Senior Leaving Certificate Examination (including Day School Certificate (Higher) General paper), 1950
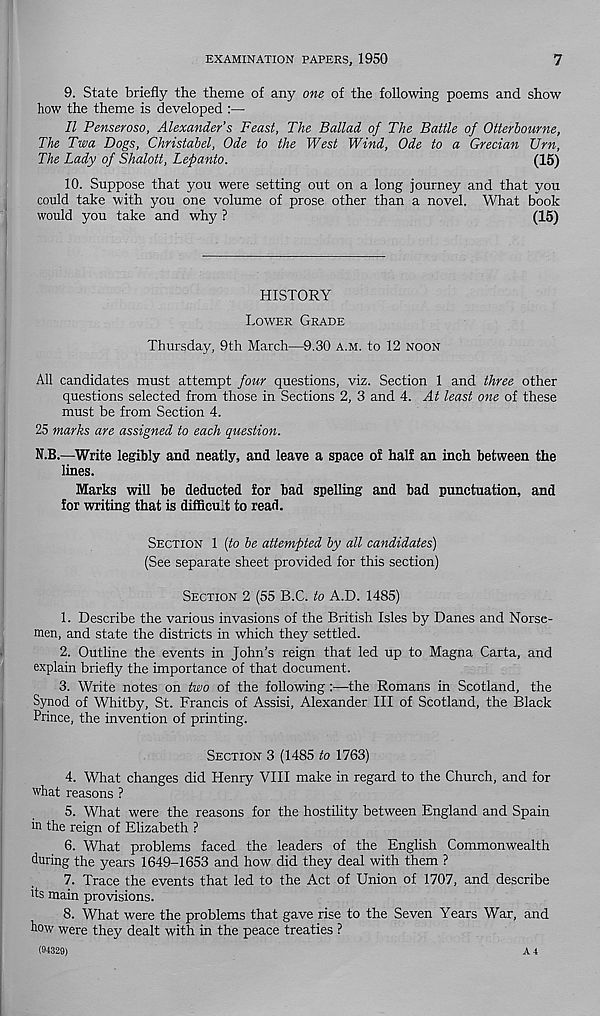
EXAMINATION PAPERS, 1950
7
9. State briefly the theme of any one of the following poems and show
how the theme is developed
II Penseroso, Alexander’s Feast, The Ballad of The Battle of Otterbourne,
The Twa Dogs, Christabel, Ode to the West Wind, Ode to a Grecian Urn,
The Lady of Shalott, Lepanto.
(15)
10. Suppose that you were setting out on a long journey and that you
could take with you one volume of prose other than a novel. What book
would you take and why ?
(15)
HISTORY
LOWER GRADE
Thursday, 9th March—9.30 A.M. to 12 NOON
All candidates must attempt four questions, viz. Section 1 and three other
questions selected from those in Sections 2, 3 and 4. At least one of these
must be from Section 4.
25 marks are assigned to each question.
N.B.—Write legibly and neatly, and leave a space of half an inch between the
lines.
Marks will be deducted for bad spelling and bad punctuation, and
for writing that is difficult to read.
SECTION 1 {to be attempted by all candidates)
(See separate sheet provided for this section)
SECTION 2 (55 B.C. to A.D. 1485)
1. Describe the various invasions of the British Isles by Danes and Norse-
men, and state the districts in which they settled.
2. Outline the events in John’s reign that led up to Magna Carta, and
explain briefly the importance of that document.
3. Write notes on two of the following :—the Romans in Scotland, the
Synod of Whitby, St. Francis of Assisi, Alexander III of Scotland, the Black
Prince, the invention of printing.
SECTION 3 (1485 to 1763)
4. What changes did Henry VIII make in regard to the Church, and for
what reasons ?
5. What were the reasons for the hostility between England and Spain
in the reign of Elizabeth ?
6. What problems faced the leaders of the English Commonwealth
during the years 1649-1653 and how did they deal with them ?
7. Trace the events that led to the Act of Union of 1707, and describe
As main provisions.
8. What were the problems that gave rise to the Seven Years War, and
how were they dealt with in the peace treaties ?
(94329)
A 4